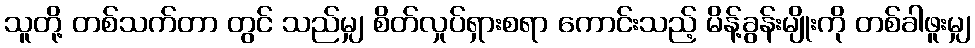
သူတို့ တစ်သက်တာ တွင် သည်မျှ စိတ်လှုပ်ရှားစရာ ကောင်းသည့် မိန့်ခွန်းမျိုးကို တစ်ခါဖူးမျှ